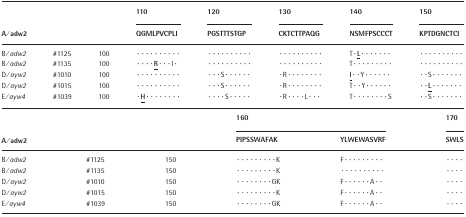
<table><thead><tr><td></td><td></td><td></td><td><b>110</b></td><td><b>120</b></td><td><b>130</b></td><td><b>140</b></td><td><b>150</b></td></tr><tr><td colspan="3"><b>A/<i>adw2</i></b></td><td><b>QGMLPVCPLI</b></td><td><b>PGSTTTSTGP</b></td><td><b>CKTCTTPAQG</b></td><td><b>NSMFPSCCCT</b></td><td><b>KPTDGNCTCI</b></td></tr></thead><tbody><tr><td>B/<i>adw2</i></td><td>#1125</td><td>100</td><td>··········</td><td>··········</td><td>··········</td><td>T·<b><underline>L</underline></b>·······</td><td>··········</td></tr><tr><td>B/<i>adw2</i></td><td>#1135</td><td>100</td><td>····<b><underline>R</underline></b>···I·</td><td>··········</td><td>··········</td><td>T·········</td><td>··········</td></tr><tr><td>D/<i>ayw2</i></td><td>#1010</td><td>100</td><td>··········</td><td>···S······</td><td>·R········</td><td><b><underline>I</underline></b>··Y······</td><td>··S·······</td></tr><tr><td>D/<i>ayw2</i></td><td>#1015</td><td>100</td><td>··········</td><td>···S······</td><td>·R········</td><td>T··Y······</td><td>··<b><underline>L</underline></b>·······</td></tr><tr><td>E/<i>ayw4</i></td><td>#1039</td><td>100</td><td>·<b><underline>H</underline></b>········</td><td>····S·····</td><td>·R····L···</td><td>T········S</td><td>··S·······</td></tr><tr><td></td><td></td><td></td><td colspan="2">160</td><td>170</td></tr><tr><td>A/<i>adw2</i></td><td></td><td></td><td>PIPSSWAFAK</td><td>YLWEWASVRF</td><td>SWLS</td></tr><tr><td>B/<i>adw2</i></td><td>#1125</td><td>150</td><td>·········K</td><td>F·········</td><td>····</td></tr><tr><td>B/<i>adw2</i></td><td>#1135</td><td>150</td><td>·········K</td><td>··········</td><td>····</td></tr><tr><td>D/<i>ayw2</i></td><td>#1010</td><td>150</td><td>········GK</td><td>F······A··</td><td>····</td></tr><tr><td>D/<i>ayw2</i></td><td>#1015</td><td>150</td><td>·········K</td><td>F······A··</td><td>····</td></tr><tr><td>E/<i>ayw4</i></td><td>#1039</td><td>150</td><td>········GK</td><td>F······A··</td><td>····</td></tr></tbody></table>